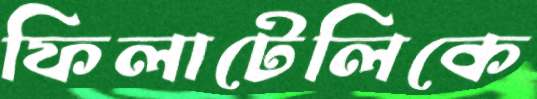
ফিলাটেলিকে